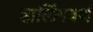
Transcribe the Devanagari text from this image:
हालिंगवर्थ